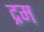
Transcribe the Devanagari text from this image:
द्रम